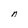
Character: n